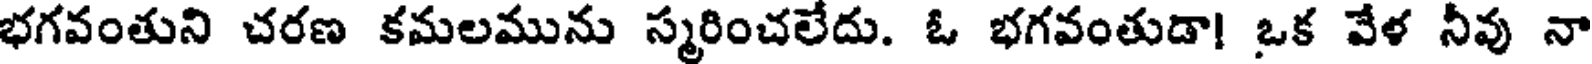
భగవంతుని చరణ కమలమును స్మరించలేదు. ఓ భగవంతుడా! ఒక వేళ నీవు నా